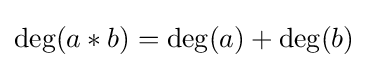
\deg(a*b)=\deg(a)+\deg(b)